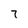
Character: 7